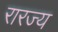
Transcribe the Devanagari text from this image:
रारज्य